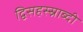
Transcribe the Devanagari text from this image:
द्विसहस्स्राब्दी